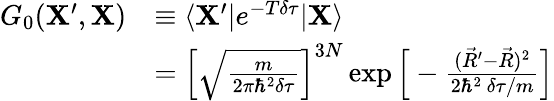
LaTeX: \begin{array}{rl}{G_{0}(\mathbf{X}^{\prime},\mathbf{X})}&{\equiv\langle\mathbf{X}^{\prime}|e^{-T\delta\tau}|\mathbf{X}\rangle}\\ &{=\Big[\sqrt{\frac{m}{2\pi\hbar^{2}\delta\tau}}\Big]^{3N}\exp\Big[-\frac{(\vec{R}^{\prime}-\vec{R})^{2}}{2\hbar^{2}\ \delta\tau/m}\Big]}\end{array}